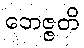
ဘေဇ္ဇတိ